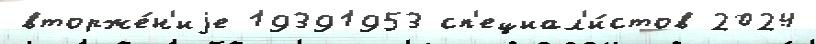
вторже́н'иjе 19391953 сп'ециал'и́стов 2024